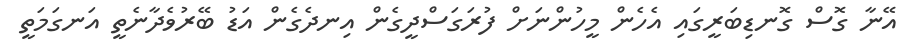
އޭނާ ގޮސް ގޮނޑިބަރީގައި އެހެން މީހުންނަށް ފުރަގަސްދީގެން އިނދެގެން އަޑު ބޭރުވެދާނެތީ އަނގަމަތީ